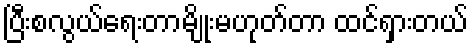
ပြီးစလွယ်ရေးတာမျိုးမဟုတ်တာ ထင်ရှားတယ်